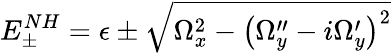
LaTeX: E_{\pm}^{NH}=\epsilon\pm\sqrt{\Omega_{x}^{2}-\left(\Omega_{y}^{\prime\prime}-i\Omega_{y}^{\prime}\right)^{2}}